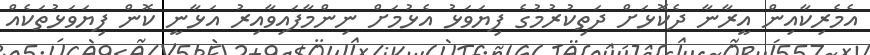
އެމެރިކާއިން އީރާނާ ދެކޮޅަށް ދަތިކުރުމުގެ ފިޔަވަޅު އެޅުމަށް ނިންމާފައިވާއިރު އަޅާނީ ކޮން ފިޔަވަޅުތަކެއް